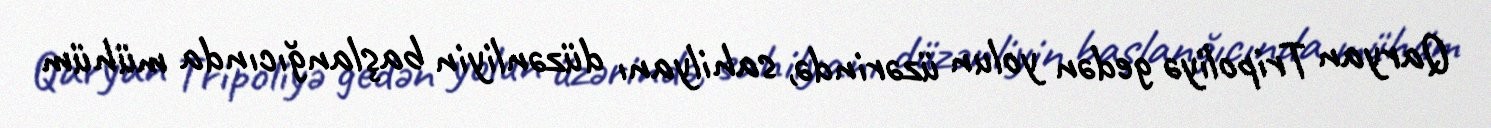
Qaryan Tripoliyə gedən yolun üzərində, sahilyanı düzənliyin başlanğıcında mühüm